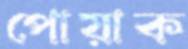
পোয়াক